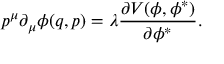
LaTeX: p ^ { \mu } \partial _ { \mu } \phi ( q , p ) = \lambda \frac { \partial V ( \phi , \phi ^ { \ast } ) } { \partial \phi ^ { \ast } } .